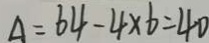
A = 6 4 - 4 \times 6 = 4 0